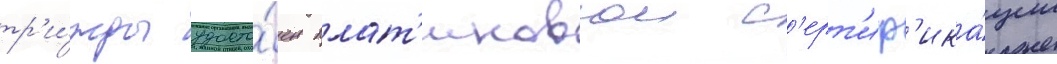
тр'и́жды удосто́ен плат'иновои с'ерт'иф'ика́ции